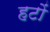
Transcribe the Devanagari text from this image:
हटों